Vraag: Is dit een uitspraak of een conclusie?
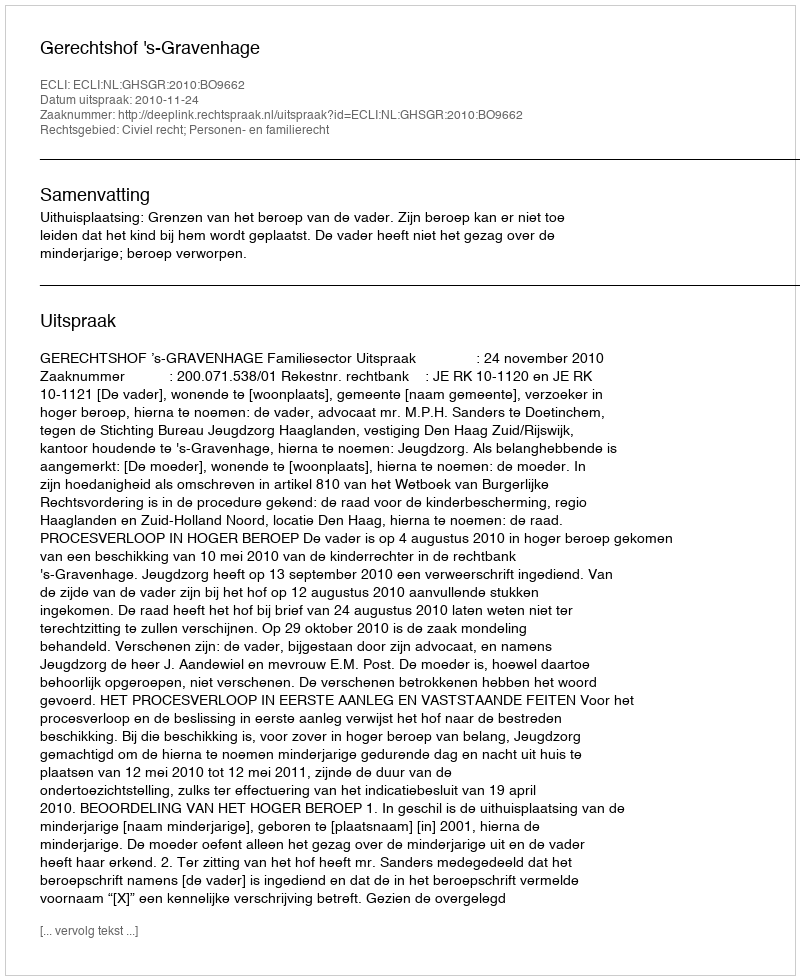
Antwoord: Uitspraak